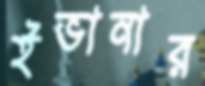
ইভানার